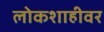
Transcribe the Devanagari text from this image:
लोकशाहीवर